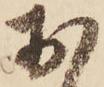
お